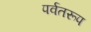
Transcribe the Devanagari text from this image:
पर्वतरूप